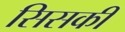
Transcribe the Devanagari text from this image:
सिसकी